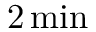
2 \, \mathrm { { m i n } }